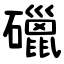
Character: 䃳